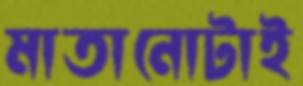
মাতানোটাই